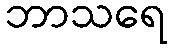
ဘာသရေ